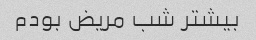
بیشتر شب مریض بودم